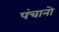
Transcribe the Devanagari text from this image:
पंचानो